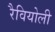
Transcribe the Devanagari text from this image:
रैवियोली